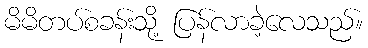
မိမိတပ်စခန်းသို့ ပြန်လာခဲ့လေသည်။